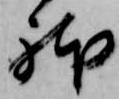
躰